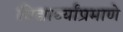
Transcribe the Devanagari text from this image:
विद्यार्थ्यांप्रमाणे